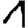
Digit: 1